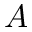
A